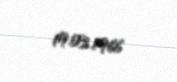
19.03.1966